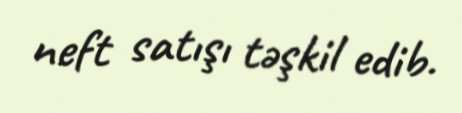
neft satışı təşkil edib.